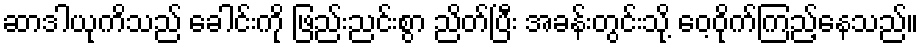
ဆာဒါယုကိသည် ခေါင်းကို ဖြည်းညင်းစွာ ညိတ်ပြီး အခန်းတွင်းသို့ ဝေ့ဝိုက်ကြည့်နေသည်။